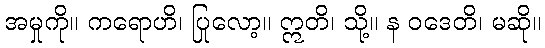
အမှုကို။ ကရောဟိ၊ ပြုလော့။ ဣတိ၊ သို့။ န ဝဒေတိ၊ မဆို။